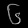
Digit: ၆